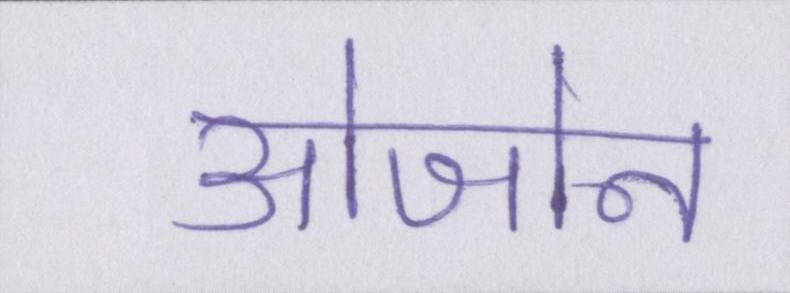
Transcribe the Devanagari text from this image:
ओजोन